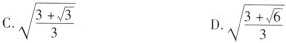
C. \sqrt{\frac{3+ \sqrt{3}}{3}} D. \sqrt{\frac{3+ \sqrt{6}}{3}}